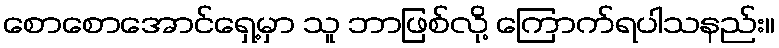
စောစောအောင်ရှေ့မှာ သူ ဘာဖြစ်လို့ ကြောက်ရပါသနည်း။